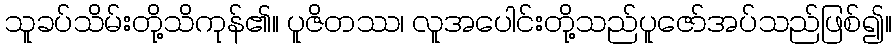
သူခပ်သိမ်းတို့သိကုန်၏။ ပူဇိတဿ၊ လူအပေါင်းတို့သည်ပူဇော်အပ်သည်ဖြစ်၍။